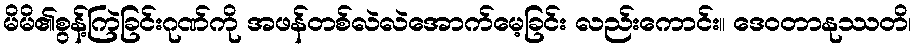
မိမိ၏စွန့်ကြဲခြင်းဂုဏ်ကို အဖန်တစ်လဲလဲအောက်မေ့ခြင်း လည်းကောင်း။ ဒေဝတာနုဿတိ၊